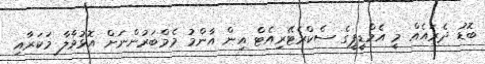
ބޮޑު ދެރައެއް މީ އެމްޑީޕީގެ ސެކްރެޓޭރިއެޓް އިން އާންމު މެމްބަރުންނަށް އޮޅުވާލާ މަކަރާއި